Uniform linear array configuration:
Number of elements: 48
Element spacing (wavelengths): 0.25
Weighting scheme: cosine
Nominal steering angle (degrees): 15
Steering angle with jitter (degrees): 14.035
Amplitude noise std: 0.05
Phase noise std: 0.05

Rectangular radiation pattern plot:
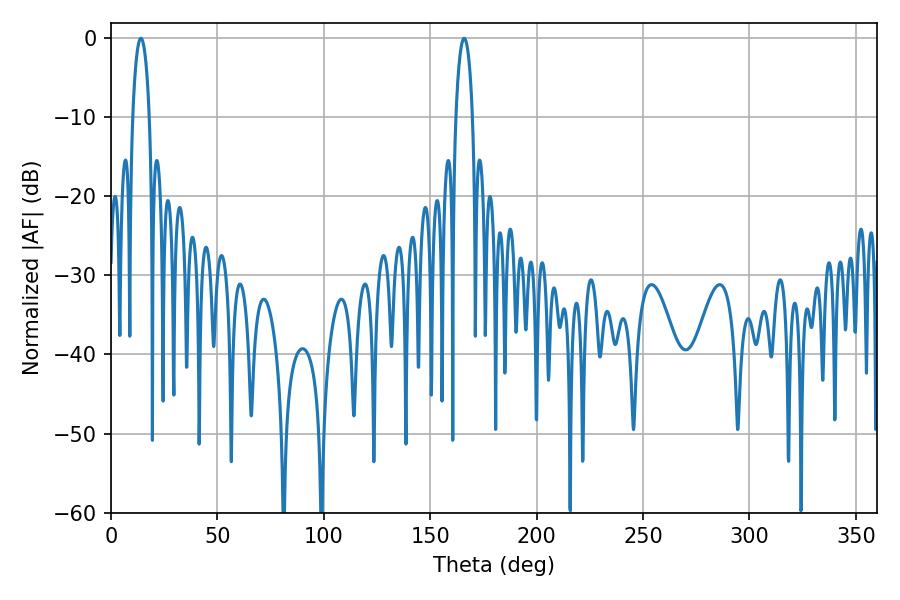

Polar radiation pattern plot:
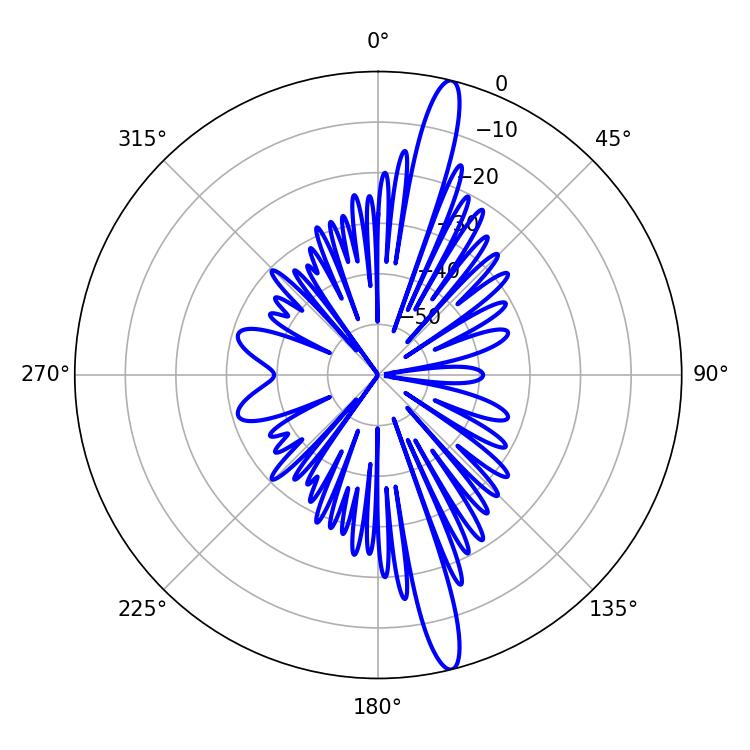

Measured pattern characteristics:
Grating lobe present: FALSE
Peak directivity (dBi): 16.781
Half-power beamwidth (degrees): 4.32
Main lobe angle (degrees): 14.04